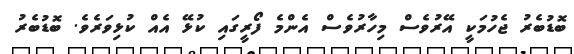
ބޮޑުބެރު ޖެހުމަކީ އޭރުވެސް މިހާރުވެސް އެންމެ ފޯރީގައި ކުޅޭ އެއް ކުޅިވަރެވެ. ބޮޑުބެރު